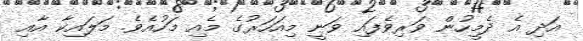
އަދި އެ ދެމީހުން ވަރިވެފައި ވަނީ މިއަހަރުގެ މެއި މަހުއެވެ. މަލައިކާ އާއި